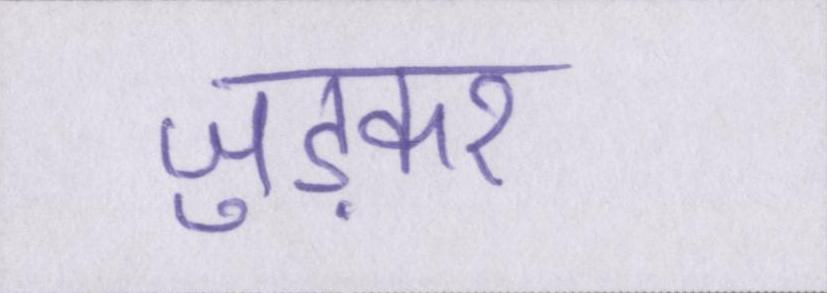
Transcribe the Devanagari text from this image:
जुड़कर